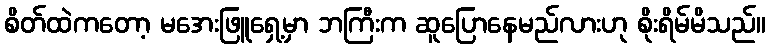
စိတ်ထဲကတော့ မအေးဖြူရှေ့မှာ ဘကြီးက ဆူပြောနေမည်လားဟု စိုးရိမ်မိသည်။